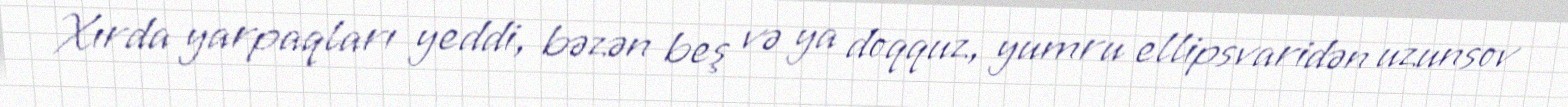
Xırda yarpaqları yeddi, bəzən beş və ya doqquz, yumru ellipsvaridən uzunsov